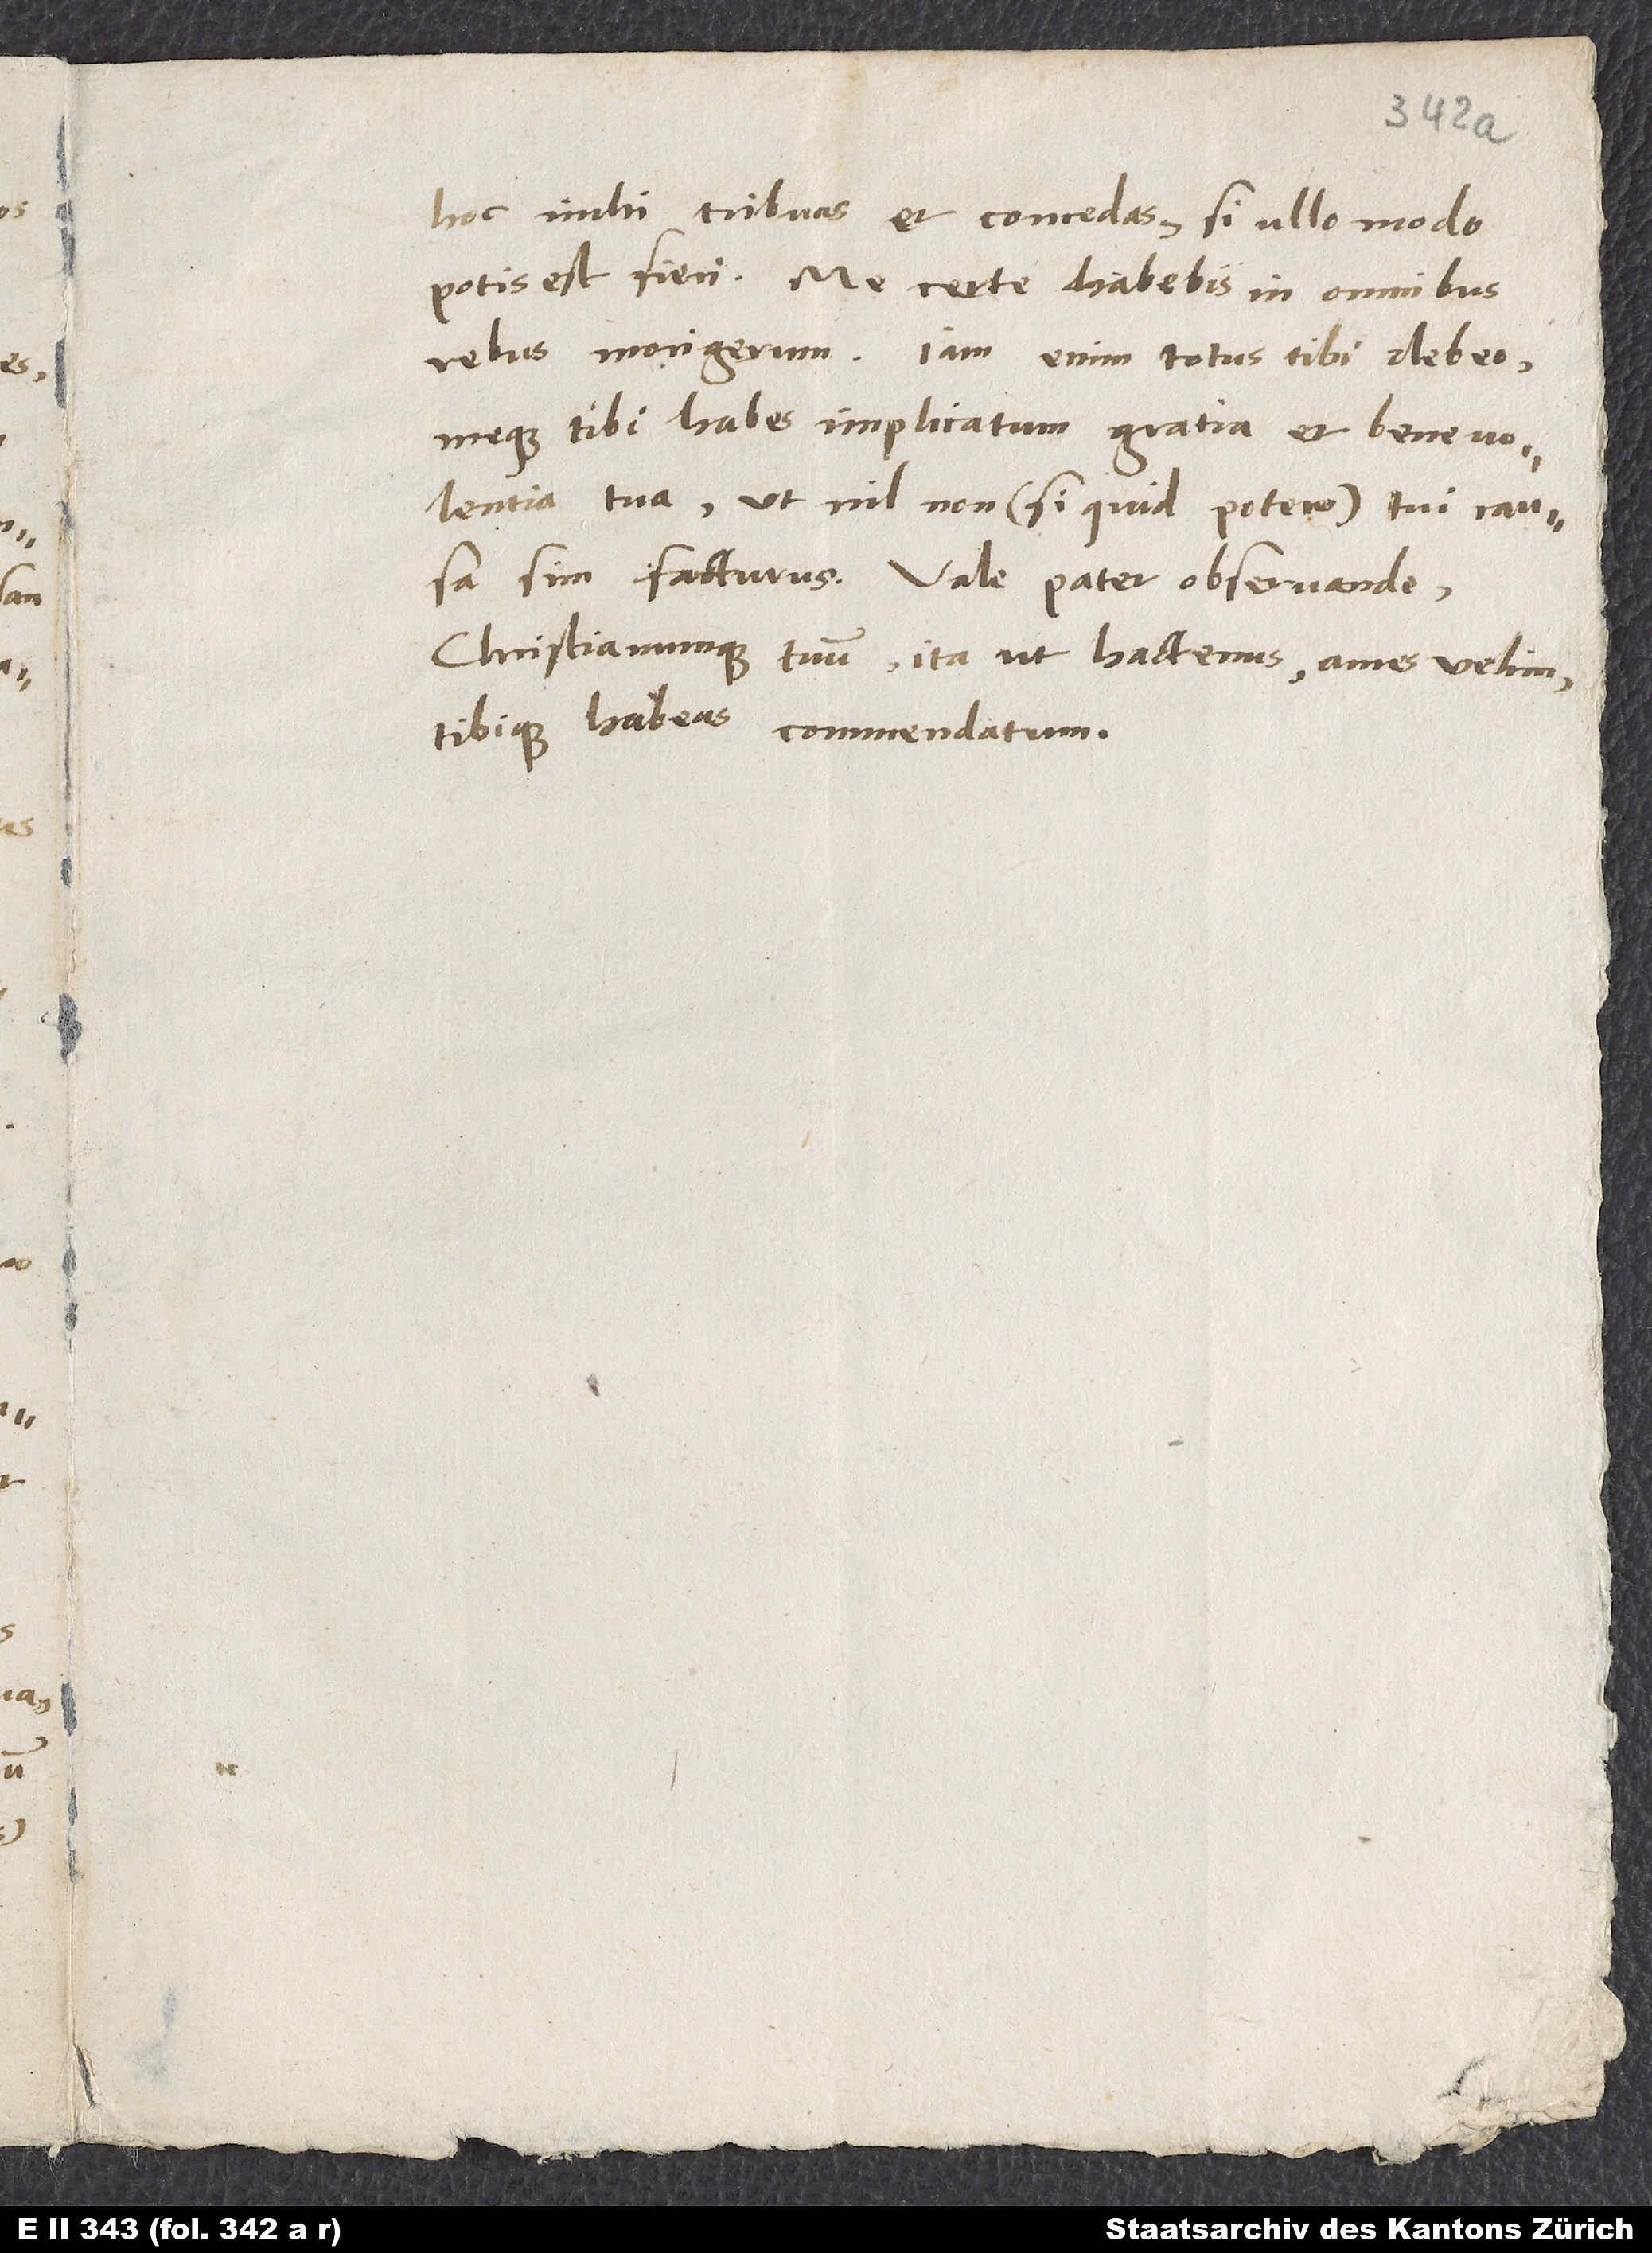
hoc mihi tribuas et concedas, si ullo modo
potis est fieri. Me certe habebis in omnibus
rebus morigerum. Iam enim totus tibi debeo,
meque tibi habes implicatum gratia et benevolentia
tua, ut nil non, si quid potero, tui causa
sim facturus. Vale, pater observande,
Christianumque tuum ita ut hactenus ames velim
tibique habeas commendatum.